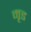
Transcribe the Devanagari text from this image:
मृड